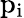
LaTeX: {\mathrm{p}}_{\mathrm{i}}